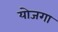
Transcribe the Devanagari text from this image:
योजगा